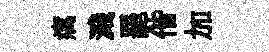
癘濺罷偕加